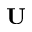
\mathbf { U }